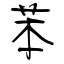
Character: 苯